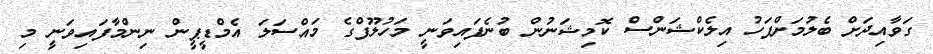
ގަވާއިދަށް ބެލުމަށްފަހު އިލެކްޝަންސް ކޮމިޝަނުން ބުނެފައިވަނީ މަހުލޫފްގެ މައްސަލަ އެމްޑީޕީން ނިންމާފައިވަނީ މި